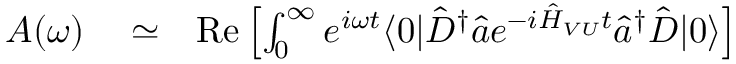
\begin{array} { r l r } { A ( \omega ) } & { { } \simeq } & { \mathrm { R e } \left[ \int _ { 0 } ^ { \infty } e ^ { i \omega t } \langle 0 | \hat { D } ^ { \dagger } \hat { a } e ^ { - i \hat { H } _ { V U } t } \hat { a } ^ { \dagger } \hat { D } | 0 \rangle \right] } \end{array}